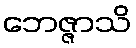
ဘေဇ္ဇာသိ